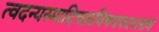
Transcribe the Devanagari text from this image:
त्वदन्यस्मादिच्छाविषयफललाभे